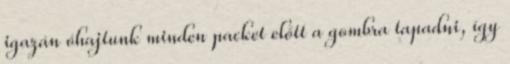
igazán óhajtunk minden packet előtt a gombra tapadni, így